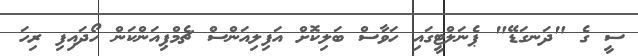
ސީ ގެ "ދަނގަޑޭ" ޕެނަލްޓީގައި ހަވާސް ބަލިކޮށް އަފިލިއަންސް ޗެމްޕިއަންކަން ހޯދައިފި ރިހަ